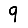
Digit: 9